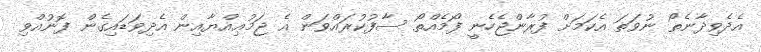
އެދެވިދާނެތޯ ނުވަތަ އެކަމަށް ފުރާންޖެހެނީ ފޯމެއްތޯ ސާފުކުރައްވަން އެ ޖަމުޢިއްޔާއިން އެދިވަޑައިގެން ފޮނުއްވި